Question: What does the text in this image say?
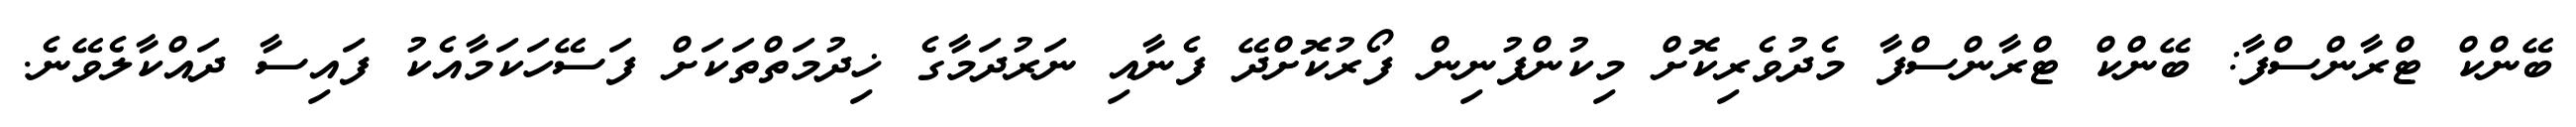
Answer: ބޭންކް ޓްރާންސްފާ: ބޭންކް ޓްރާންސްފާ މެދުވެރިކޮށް މިކުންފުނިން ފޯރުކޮށްދޭ ފެނާއި ނަރުދަމާގެ ޚިދުމަތްތަކަށް ފަސޭހަކަމާއެކު ފައިސާ ދައްކާލެވޭނެ.